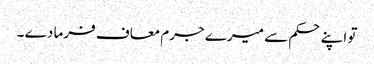
تو اپنے حکم سے میرے جرم معاف فرما دے ۔